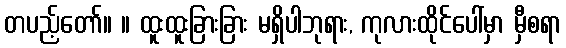
တပည့်တော်။ ။ ထူးထူးခြားခြား မရှိပါဘုရား, ကုလားထိုင်ပေါ်မှာ မှီစရာ